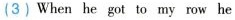
(3)When he got to my row he